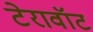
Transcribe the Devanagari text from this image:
टेरावॉट